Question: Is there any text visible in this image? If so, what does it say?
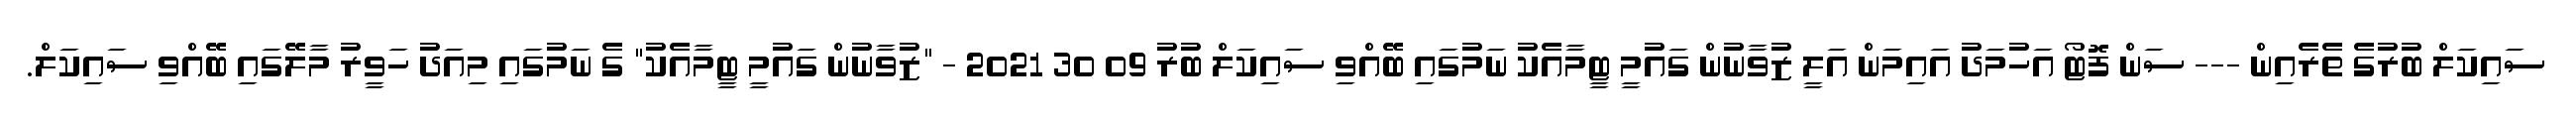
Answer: ސައިކަލް ބުރުގެ ތެރެއިން --- ސަން ފޮޓޯ އަހުމަދު އައިމަން އަލީ ޒުވާނުން ގައުމީ ޓީމާއެކު ނަމުގައި ބޭއްވި ސައިކަލް ބުރު 09 30 2021 - "ޒުވާނުން ގައުމީ ޓީމާއެކު" ގެ ނަމުގައި މިއަދު ހަވީރު މާލޭގައި ބޭއްވި ސައިކަލް.